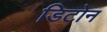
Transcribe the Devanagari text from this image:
डिटोन